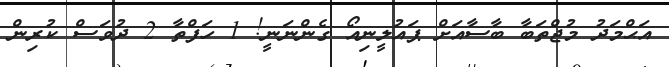
އަޙްމަދު މުޖްތަބާ ބާސާއަށް ޕައުލީނިއޯ ގެންނަނީ! 1 ހަފްތާ 2 ދުވަސް ކުރިން